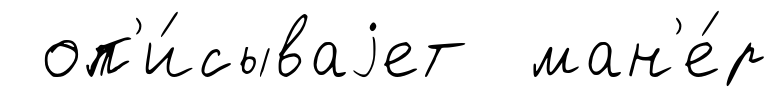
оп'и́сываjет ман'е́р